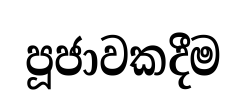
පූජාවකදීම